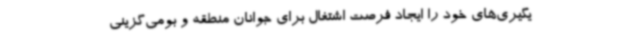
یگیری‌های خود را ایجاد فرصت اشتغال برای جوانان منطقه و بومی‌گزینی